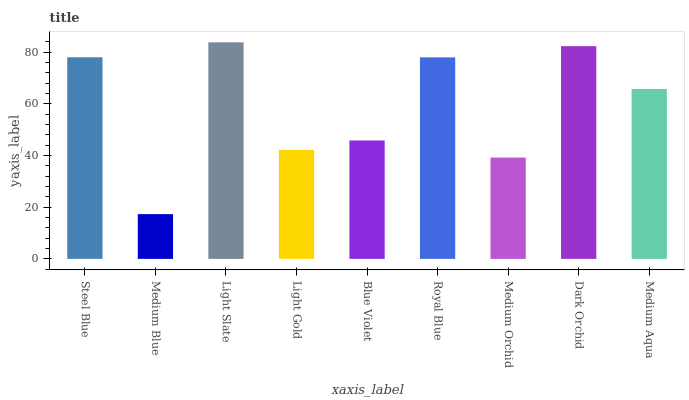
| xaxis_label | bars |
 | --- | --- |
 | Steel Blue | 78 |
 | Medium Blue | 17.3 |
 | Light Slate | 83.8 |
 | Light Gold | 42.2 |
 | Blue Violet | 45.8 |
 | Royal Blue | 77.9 |
 | Medium Orchid | 39.2 |
 | Dark Orchid | 82.3 |
 | Medium Aqua | 65.7 |